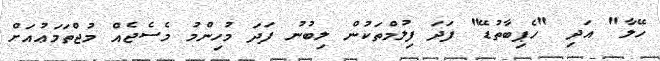
ހޭލާ" އަދި "ހެޕިބާތުޑޭ" ފަދަ ފިލުމްތަކުން ލިބުނު ފަދަ މުހިންމު މެސެޖެއް މުޖްތަމަޢުއަށް